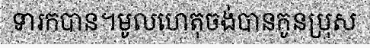
ទារកបាន។មូលហេតុចង់បានកូនប្រុស